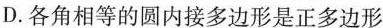
D.各角相等的圆内接多边形是正多边形